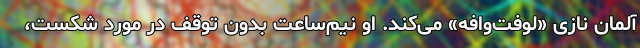
آلمان نازی «لوفت‌وافه» می‌کند. او نیم‌ساعت بدون توقف در مورد شکست،